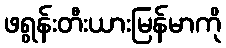
ဖရွန်းတီးယားမြန်မာကို